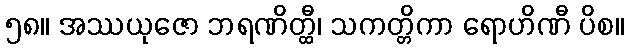
၅၈။ အဿယုဇော ဘရဏိတ္ထီ၊ သကတ္တိကာ ရောဟိဏီ ပိစ။